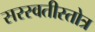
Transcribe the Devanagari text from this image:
सरस्वतीस्तोत्र